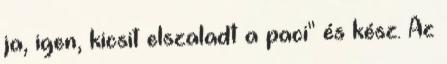
ja, igen, kicsit elszaladt a paci" és kész. Az